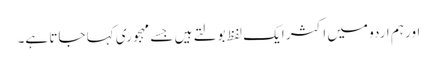
اور ہم اردو میں اکثر ایک لفظ بولتے ہیں جسے مہجوری کہا جاتا ہے۔